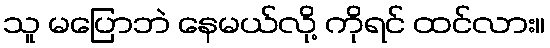
သူ မပြောဘဲ နေမယ်လို့ ကိုရင် ထင်လား။